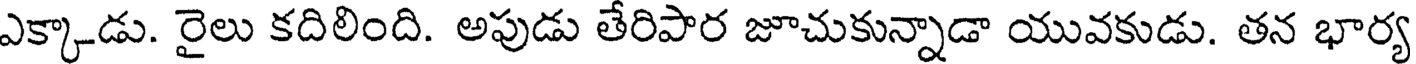
ఎక్కాడు. రైలు కదిలింది. అపుడు తేరిపార జూచుకున్నాడా యువకుడు. తన భార్య